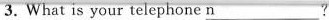
3.What is your telephone \underline{n}?